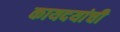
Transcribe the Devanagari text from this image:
कायदयांची